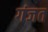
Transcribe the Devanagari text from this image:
गंजत